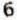
6